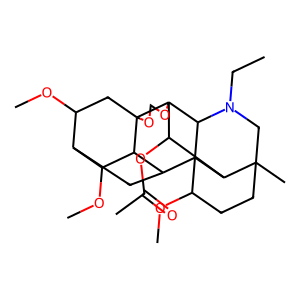
SMILES: CCN1CC2(C)CCC(OC)C34C5CC6C(OC)CC7(OCOC7(C(OC(C)=O)C23)C14)C5C6OC
Inhibits HIV replication: No